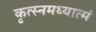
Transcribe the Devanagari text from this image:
कृत्स्नमध्यात्मं